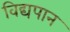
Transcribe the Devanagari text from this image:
विद्यपान